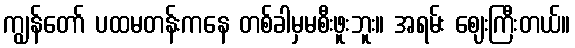
ကျွန်တော် ပထမတန်းကနေ တစ်ခါမှမစီးဖူးဘူး။ အရမ်း ဈေးကြီးတယ်။